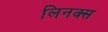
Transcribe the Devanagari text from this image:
लिनक्‍स